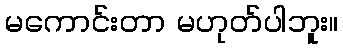
မကောင်းတာ မဟုတ်ပါဘူး။